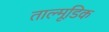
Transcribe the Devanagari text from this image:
ताल्मूडिक